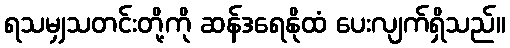
ရသမျှသတင်းတို့ကို ဆန်ဒရေနိုထံ ပေးလျက်ရှိသည်။